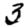
Digit: 3